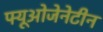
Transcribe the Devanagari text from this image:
फ्यूओजेनेटीन